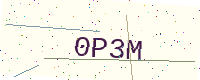
Text: 0P3M